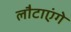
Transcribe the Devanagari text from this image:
लौटाएंगे